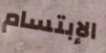
الإبتسام